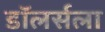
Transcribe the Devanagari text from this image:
डॉलर्सला